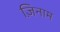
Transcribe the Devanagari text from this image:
ज़िनाम